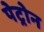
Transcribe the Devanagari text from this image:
पेट्रोन